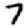
Digit: 7